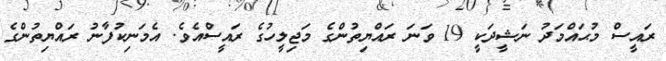
ރައީސް މުޙައްމަދު ނަޝީދަކީ 19 ވަނަ ރައްޔިތުންގެ މަޖިލީހުގެ ރައީސްއެވެ. އެމަނިކުފާނު ރައްޔިތުންގެ